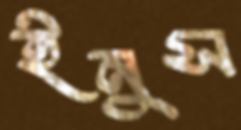
ইনুস